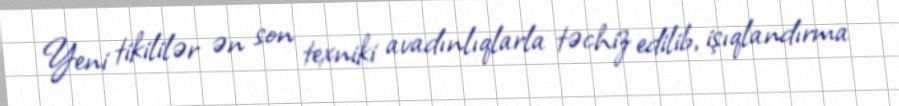
Yeni tikililər ən son texniki avadınlıqlarla təchiz edilib, işıqlandırma